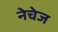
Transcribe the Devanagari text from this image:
नेचेज